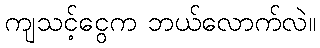
ကျသင့်ငွေက ဘယ်လောက်လဲ။